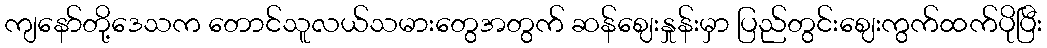
ကျနော်တို့ဒေသက တောင်သူလယ်သမားတွေအတွက် ဆန်ဈေးနှုန်းမှာ ပြည်တွင်းဈေးကွက်ထက်ပိုပြီး